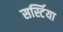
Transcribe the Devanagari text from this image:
सर्स्टिया